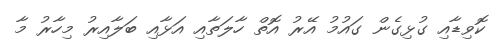
ކޮވިޑާއި ގުޅިގެން ގައުމު އޭރު އޮތް ހާލަތާއި އަޅާއި ބަލާއިރު މިހާރު މާ